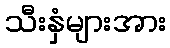
သီးနှံများအား